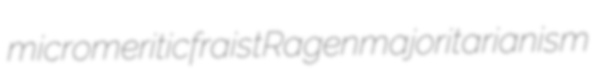
micromeritic fraist Ragen majoritarianism